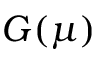
G ( \mu )